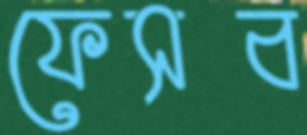
ফেসব